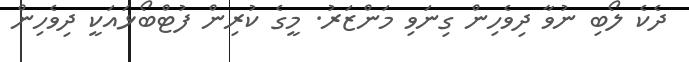
ދެކެ ލޯބި ނުވާ ދިވެހިން ގިނަވި މަންޒަރު. މީގެ ކުރިން ފުޓްބޯޅައަކީ ދިވެހިން